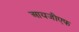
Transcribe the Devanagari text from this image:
आयजीएफ